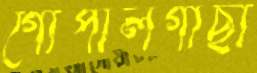
গোপালগাছা